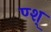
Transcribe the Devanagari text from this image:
ण्श्